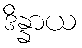
ဒိန္နာယ